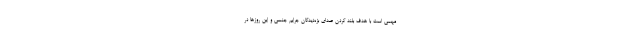
مهمی است با هدف بلند کردن صدای بزه‌دیدگان جرایم جنسی و این روزها در